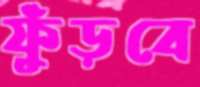
ফুঁড়বে